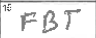
Transcription: FBT